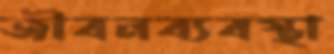
জীবনব্যবস্থা